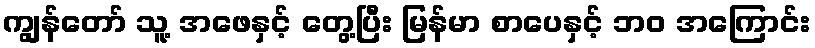
ကျွန်တော် သူ့ အဖေနှင့် တွေ့ပြီး မြန်မာ စာပေနှင့် ဘဝ အကြောင်း